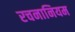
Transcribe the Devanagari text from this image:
रचनानियम